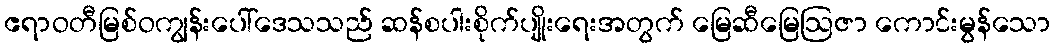
ဧရာဝတီမြစ်ဝကျွန်းပေါ်ဒေသသည် ဆန်စပါးစိုက်ပျိုးရေးအတွက် မြေဆီမြေဩဇာ ကောင်းမွန်သော